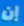
إن